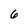
Character: 6